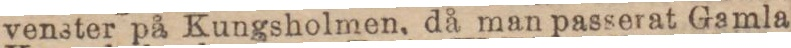
venster på Kungsholmen, då man passerat Gamla